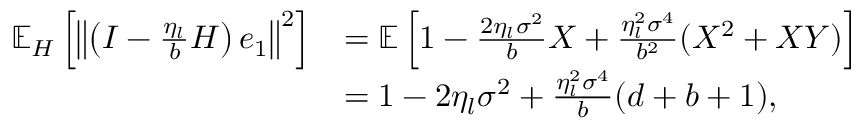
\begin{array} { r l } { \mathbb { E } _ { H } \left[ \left\Vert \left( I - \frac { \eta _ { l } } { b } H \right) e _ { 1 } \right\Vert ^ { 2 } \right] } & { = \mathbb { E } \left[ 1 - \frac { 2 \eta _ { l } \sigma ^ { 2 } } { b } X + \frac { \eta _ { l } ^ { 2 } \sigma ^ { 4 } } { b ^ { 2 } } ( X ^ { 2 } + X Y ) \right] } \\ & { = 1 - 2 \eta _ { l } \sigma ^ { 2 } + \frac { \eta _ { l } ^ { 2 } \sigma ^ { 4 } } { b } ( d + b + 1 ) , } \end{array}